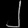
Digit: ၂